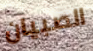
الصبيان